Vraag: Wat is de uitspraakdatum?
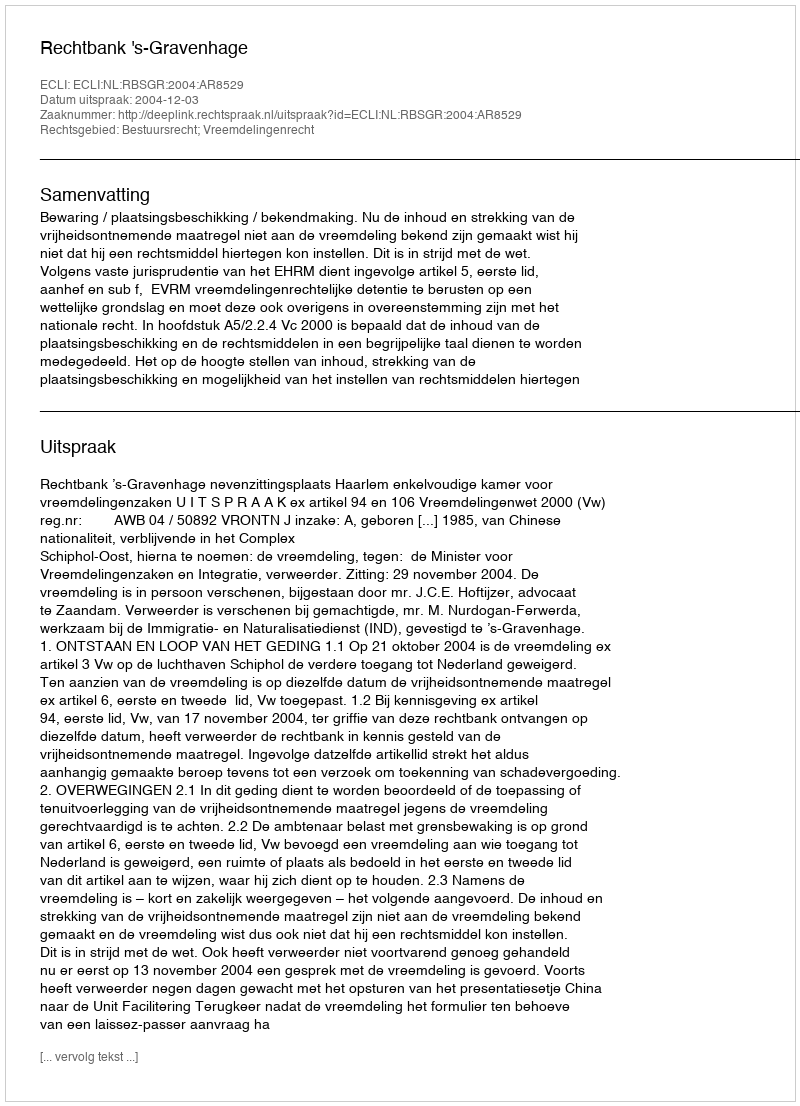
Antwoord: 2004-12-03